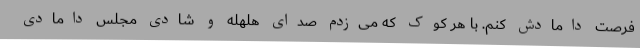
فرصت دامادش کنم. با هر کوک که می‌زدم صدای هلهله و شادی مجلس دامادی